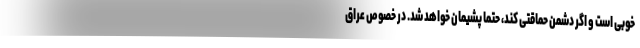
خوبی است و اگر دشمن حماقتی کند، حتما پشیمان خواهد شد. در خصوص عراق